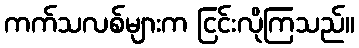
ကက်သလစ်များက ငြင်းလိုကြသည်။